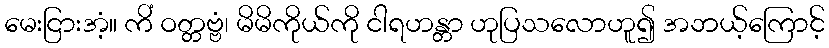
မေးငြားအံ့။ ကိံ ဝတ္တဗ္ဗံ၊ မိမိကိုယ်ကို ငါရဟန္တာ ဟုပြသလောဟူ၍ အဘယ့်ကြောင့်